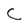
Character: C